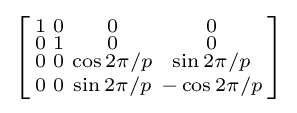
\left[{\begin{smallmatrix}1&0&0&0\\0&1&0&0\\0&0&\cos 2\pi /p&\sin 2\pi /p\\0&0&\sin 2\pi /p&-\cos 2\pi /p\\\end{smallmatrix}}\right]